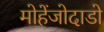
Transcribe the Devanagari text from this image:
मोहेंजोदाडो